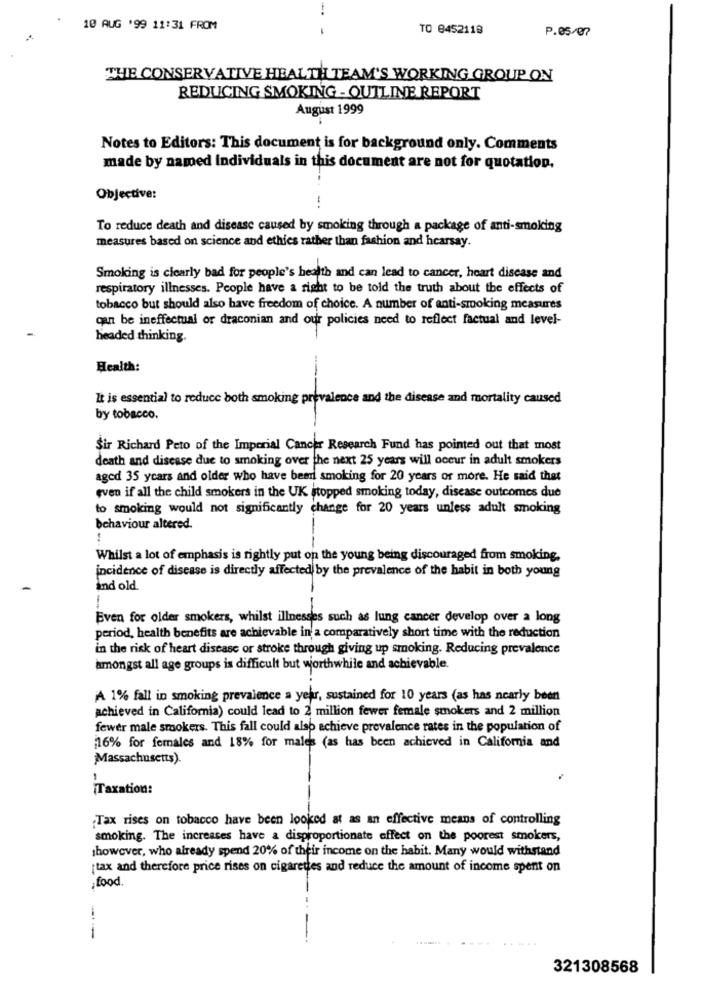
10 AUG '99 11:31 FROM
TO 8452118
P.05/07
THE CONSERVATIVE HEALTH TEAM'S WORKING GROUP ON
REDUCING SMOKING - OUTLINE REPORT
August 1999
Notes to Editors: This document is for background only. Comments
made by named individuals in this document are not for quotation.
Objective:
To reduce death and disease caused by smoking through a package of anti-smoking
measures based on science and ethics rather than fashion and hcarsay.
Smoking is clearly bad for people's health and can lead to cancer, heart disease and
respiratory illnesses. People have a right to be told the truth about the effects of
tobacco but should also have freedom of choice. A number of anti-smoking measures
can be ineffectual or draconian and our policies need to reflect factual and level-
headed thinking.
Health:
It is essential to reduce both smoking prevalence and the disease and mortality caused
by tobacco.
Sir Richard Peto of the Imperial Cancer Research Fund has pointed out that most
death and disease due to smoking over the next 25 years will occur in adult smokers
aged 35 years and older who have been smoking for 20 years or more. He said that
even if all the child smokers in the UK stopped smoking today, disease outcomes due
to smoking would not significantly change for 20 years unless adult smoking
behaviour altered.
Whilst a lot of emphasis is rightly put on the young being discouraged from smoking,
incidence of disease is directly affected by the prevalence of the habit in both young
and old.
Even for older smokers, whilst illnesses such as lung cancer develop over a long
period, health benefits are achievable in a comparatively short time with the reduction
in the risk of heart disease or stroke through giving up smoking. Reducing prevalence
amongst all age groups is difficult but worthwhile and achievable.
A 1% fall in smoking prevalence a year, sustained for 10 years (as has nearly been
achieved in California) could lead to 2 million fewer female smokers and 2 million
fewer male smokers. This fall could also achieve prevalence rates in the population of
16% for females and 18% for males (as has been achieved in California and
Massachusetts).
1
Taxation:
Tax rises on tobacco have been looked at as an effective means of controlling
smoking. The increases have a disproportionate effect on the poorest smokers,
however, who already spend 20% of their income on the habit. Many would withstand
tax and therefore price rises on cigarettes and reduce the amount of income spent on
,food.
--
......
321308568